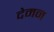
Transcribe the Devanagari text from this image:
देमन